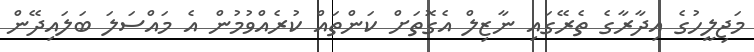
މަޖިލީހުގެ އިދާރާގެ ތެރޭގައި ނާޒިލް އެގޮތަށް ކަންތައް ކުރެއްވުމުން އެ މައްސަލަ ބަލައިދޭން